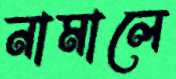
নামালে